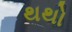
થથો